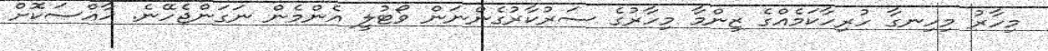
މިހާރު މިހިނގާ ހުރިހާކަމެއްގެ ޒިންމާ މިހާރުގެ ސަރުކާރުގެންނަން ވޯޓުލީ އެންމެން ނަގަންޖެހޭނެ. ޚާއްސަކޮށް